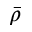
\bar { \rho }